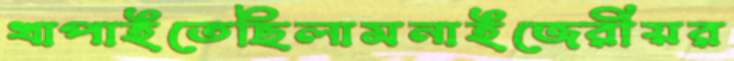
খাপাইতেছিলামনাইজেরীয়র